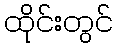
ထိုင်းတွင်